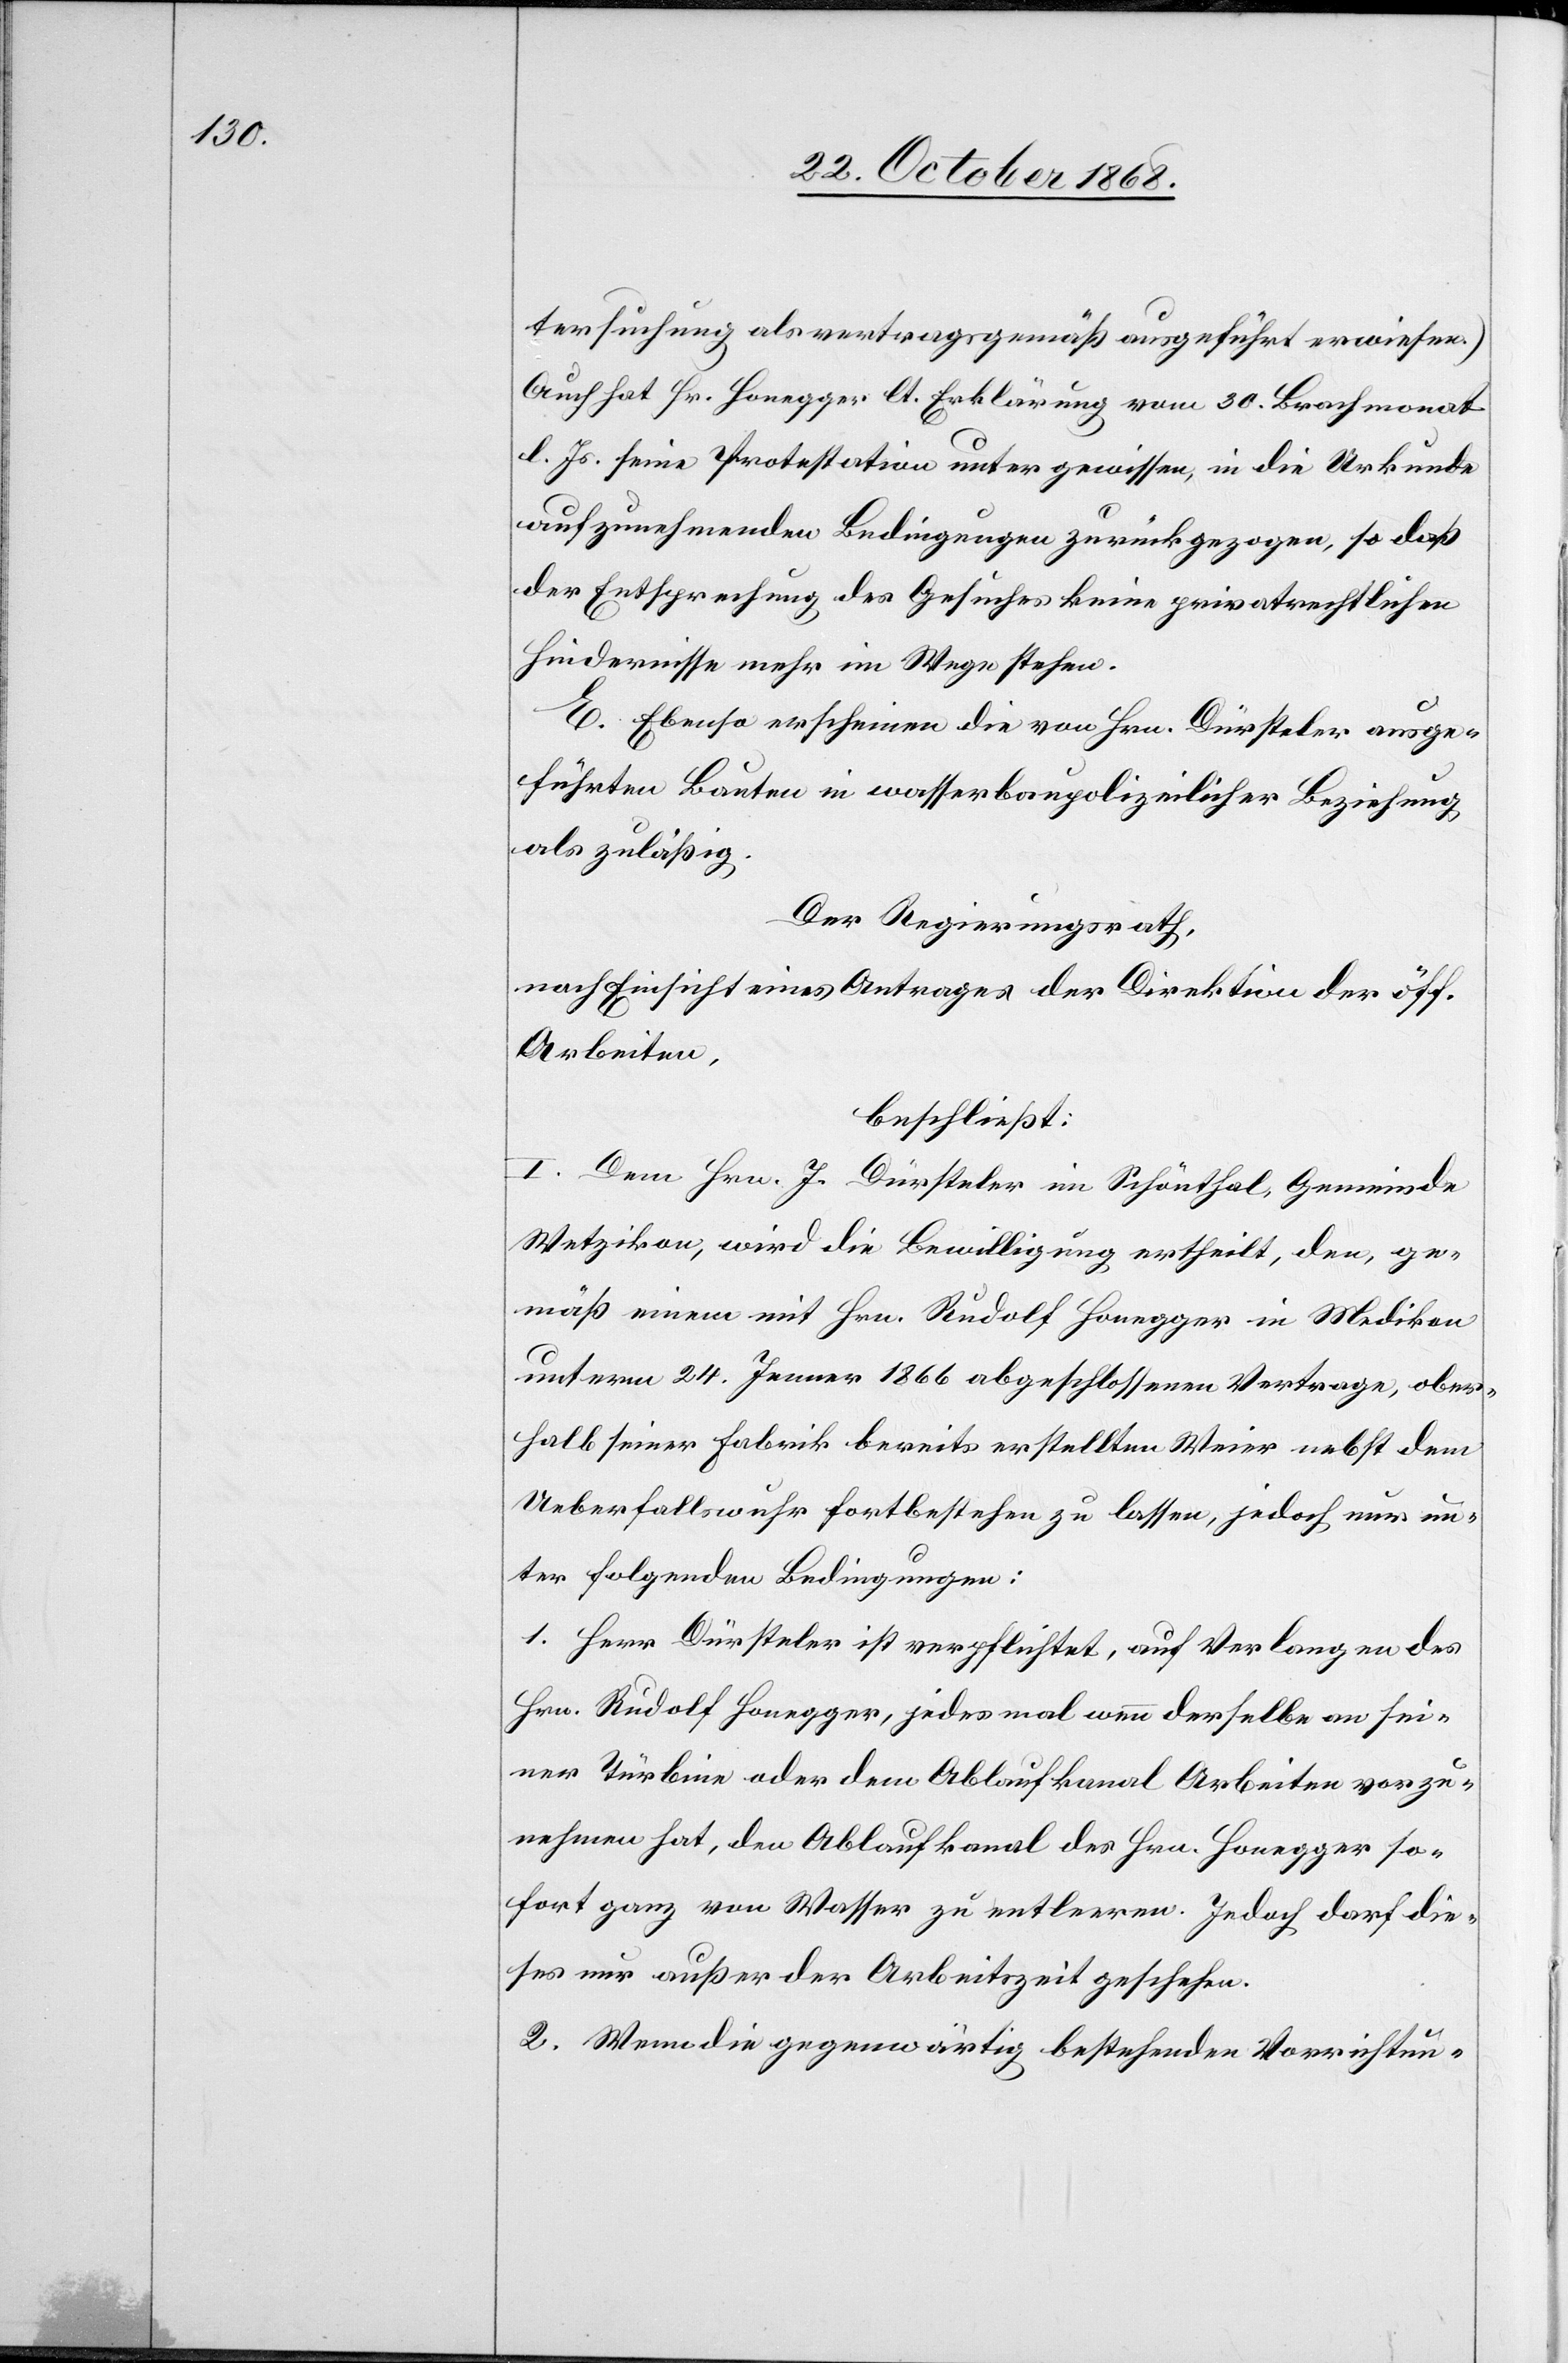
tersuchung als vertragsgemäß ausgeführt erwiesen.]
Auch hat Hr. Honegger lt. Erklärung vom 30. Brachmonat
l. Js. seine Protestation unter gewissen, in die Urkunde
aufzunehmenden Bedingungen zurückgezogen, so daß
der Entsprechung des Gesuches keine privatrechtlichen
Hindernisse mehr im Wege stehen.
E. Ebenso erscheinen die von Hrn. Dürsteler ausge¬
führten Bauten in wasserbaupolizeilicher Beziehung
als zuläßig.
Der Regierungsrath,
nach Einsicht eines Antrages der Direktion der öff.
Arbeiten,
beschließt:
I. Dem Hrn. J. Dürsteler im Schönthal, Gemeinde
Wetzikon, wird die Bewilligung ertheilt, den, ge¬
mäß einem mit Hrn. Rudolf Honegger in Medikon
unterm 24. Jenner 1866 abgeschlossenen Vertrage, ober¬
halb seiner Fabrik bereits erstellten Weier nebst dem
Ueberfallswuhr fortbestehen zu lassen, jedoch nur un¬
ter folgenden Bedingungen:
1. Herr Dürsteler ist verpflichtet, auf Verlangen des
Hrn. Rudolf Honegger, jedesmal wenn derselbe an sei¬
ner Türbine oder dem Ablaufkanal Arbeiten vorzu¬
nehmen hat, den Ablaufkanal des Hrn. Honegger so¬
fort ganz von Wasser zu entleeren. Jedoch darf die¬
ses nur außer der Arbeitszeit geschehen.
2. Wenn die gegenwärtig bestehenden Vorrichtun-